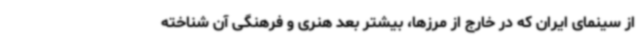
از سینمای ایران که در خارج از مرزها، بیشتر بعد هنری و فرهنگی آن شناخته